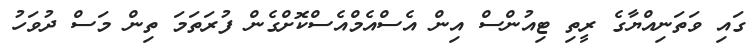
ގައި ވަތަނިއްޔާގެ ރީތި ޓިއުންސް އިން އެސްއެމްއެސްކޮށްގެން ފުރަތަމަ ތިން މަސް ދުވަހު